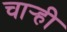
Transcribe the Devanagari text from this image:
चार्‍ही